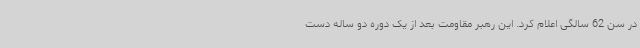
در سن 62 سالگی اعلام کرد. این رهبر مقاومت بعد از یک دوره دو ساله دست